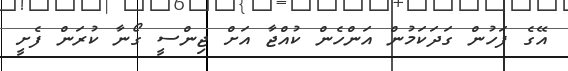
އޭގެ ފަހުން ގަދަކަމުން އަންހެން ކުއްޖާ އަށް ޖިންސީ ގޯނާ ކުރަން ފެށީ